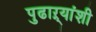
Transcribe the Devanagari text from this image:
पुढाऱ्यांशी